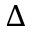
\Delta